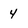
Character: 4